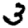
Digit: 3